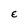
Character: E